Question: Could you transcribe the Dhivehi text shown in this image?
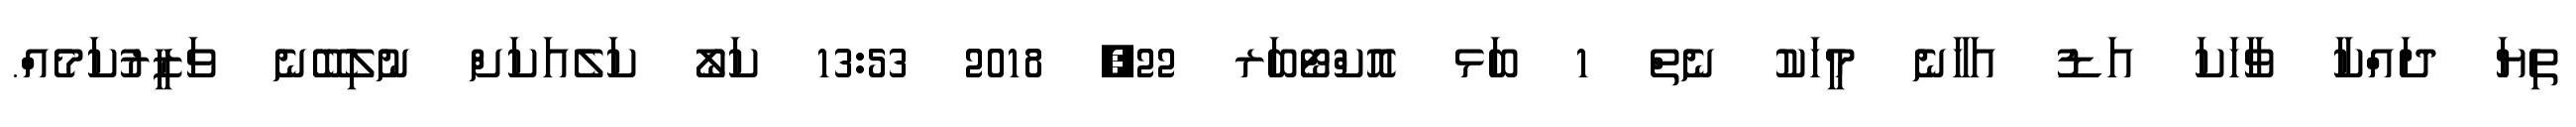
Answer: ތިޔަ ދައްކާ ވާހަކަ އަޑު އަހާނެ މީހަކު ނެތް 1 ބަޅ އޮކްޓޯބަރ 22, 2018 13:53 ކަލޯ ކަލެއަކަށް ނުލިބޭނެ ވަޒީރުކަމެއް.